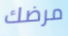
مرضك